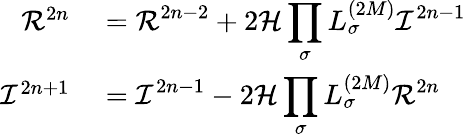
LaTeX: \begin{array}{rl}{{\cal R}^{2n}}&{{}=\displaystyle{\cal R}^{2n-2}+2{\cal H}\prod_{\sigma}L_{\sigma}^{(2M)}{\cal I}^{2n-1}}\\ {{\cal I}^{2n+1}}&{{}=\displaystyle{\cal I}^{2n-1}-2{\cal H}\prod_{\sigma}L_{\sigma}^{(2M)}{\cal R}^{2n}}\end{array}